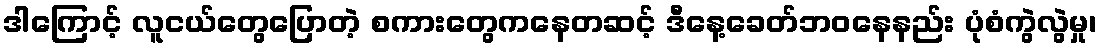
ဒါကြောင့် လူငယ်တွေပြောတဲ့ စကားတွေကနေတဆင့် ဒီနေ့ခေတ်ဘဝနေနည်း ပုံစံကွဲလွဲမှု၊